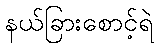
နယ်ခြားစောင့်ရဲ